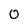
Character: 0